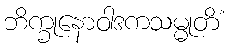
ဘိက္ခုနောဝါဒကသမ္မုတိံ